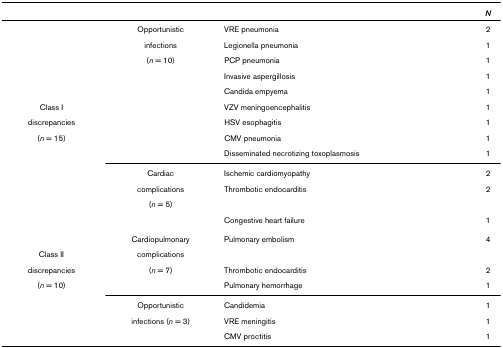
<table><thead><tr><td></td><td></td><td></td><td><b><i>N</i></b></td></tr></thead><tbody><tr><td></td><td>Opportunistic</td><td>VRE pneumonia</td><td>2</td></tr><tr><td></td><td>infections</td><td>Legionella pneumonia</td><td>1</td></tr><tr><td></td><td>(<i>n </i>= 10)</td><td>PCP pneumonia</td><td>1</td></tr><tr><td></td><td></td><td>Invasive aspergillosis</td><td>1</td></tr><tr><td></td><td></td><td>Candida empyema</td><td>1</td></tr><tr><td>Class I</td><td></td><td>VZV meningoencephalitis</td><td>1</td></tr><tr><td>discrepancies</td><td></td><td>HSV esophagitis</td><td>1</td></tr><tr><td>(<i>n </i>= 15)</td><td></td><td>CMV pneumonia</td><td>1</td></tr><tr><td></td><td></td><td>Disseminated necrotizing toxoplasmosis</td><td>1</td></tr><tr><td></td><td>Cardiac</td><td>Ischemic cardiomyopathy</td><td>2</td></tr><tr><td></td><td>complications </td><td>Thrombotic endocarditis</td><td>2</td></tr><tr><td></td><td>(<i>n </i>= 5)</td><td></td><td></td></tr><tr><td></td><td></td><td>Congestive heart failure</td><td>1</td></tr><tr><td></td><td>Cardiopulmonary</td><td>Pulmonary embolism</td><td>4</td></tr><tr><td>Class II</td><td>complications</td><td></td><td></td></tr><tr><td>discrepancies</td><td>(<i>n </i>= 7)</td><td>Thrombotic endocarditis</td><td>2</td></tr><tr><td>(<i>n </i>= 10)</td><td></td><td>Pulmonary hemorrhage</td><td>1</td></tr><tr><td></td><td>Opportunistic</td><td>Candidemia</td><td>1</td></tr><tr><td></td><td>infections (<i>n </i>= 3)</td><td>VRE meningitis</td><td>1</td></tr><tr><td></td><td></td><td>CMV proctitis</td><td>1</td></tr></tbody></table>